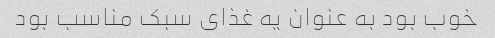
خوب بود به عنوان یه غذای سبک مناسب بود